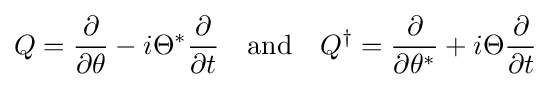
Q={\frac {\partial }{\partial \theta }}-i\Theta ^{*}{\frac {\partial }{\partial t}}\quad {\text{and}}\quad Q^{\dagger }={\frac {\partial }{\partial \theta ^{*}}}+i\Theta {\frac {\partial }{\partial t}}